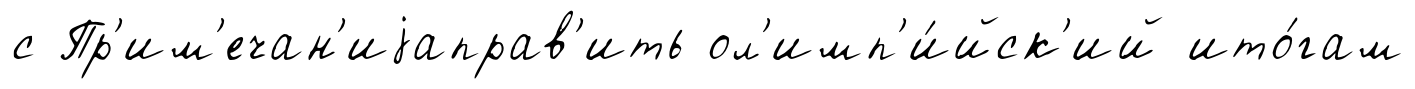
с Пр'им'ечан'иjаправ'ить ол'имп'и́йск'ий ито́гам